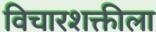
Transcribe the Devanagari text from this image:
विचारशक्तीला